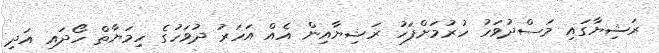
ރަޝިޔާގައި މަސްދުވަހު ހުރުމަށްފަހު ރަޝިޔާއިން އެއް އަހަރު ދުވަހުގެ ހިމަޔާތް ހޯދައި އަދި